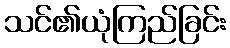
သင်၏ယုံကြည်ခြင်း